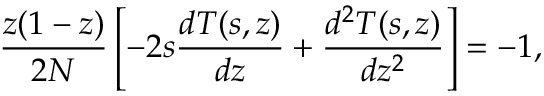
\frac { z ( 1 - z ) } { 2 N } \left[ - 2 s \frac { d { \cal T } ( s , z ) } { d z } + \frac { d ^ { 2 } { \cal T } ( s , z ) } { d z ^ { 2 } } \right] = - 1 ,